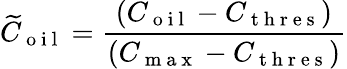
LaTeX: \widetilde{C}_{\mathrm{~o~i~l~}}=\frac{(C_{\mathrm{~o~i~l~}}-C_{\mathrm{~t~h~r~e~s~}})}{(C_{\mathrm{~m~a~x~}}-C_{\mathrm{~t~h~r~e~s~}})}